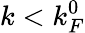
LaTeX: k<k_{F}^{0}